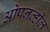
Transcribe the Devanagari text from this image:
ओपनव्हील